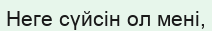
Неге сүйсін ол мені,